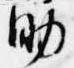
助